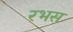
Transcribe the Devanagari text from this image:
रभस